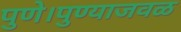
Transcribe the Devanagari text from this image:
पुणे।पुण्याजवळ